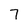
Character: 7